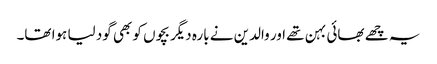
یہ چھے بھائی بہن تھے اور والدین نے بارہ دیگر بچوں کو بھی گود لیا ہوا تھا۔